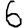
Digit: 6